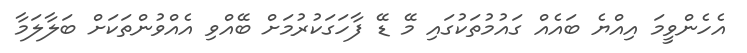
އެހެންވީމަ އިއްޔެ ބައެއް ގައުމުތަކުގައި މޭ ޑޭ ފާހަގަކުރުމަށް ބޭއްވި އެއްވުންތަކަށް ބަލާލަމާ